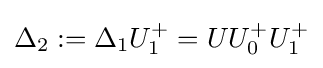
\Delta _{2}:=\Delta _{1}U_{1}^{+}=UU_{0}^{+}U_{1}^{+}